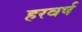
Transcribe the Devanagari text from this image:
हरवर्ष